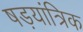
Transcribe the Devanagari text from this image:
षड़यांत्रिक